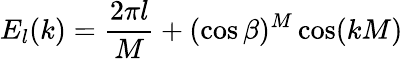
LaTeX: E_{l}(k)=\frac{2\pi l}{M}+(\cos\beta)^{M}\cos(kM)